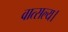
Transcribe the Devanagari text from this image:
वात्सल्य।